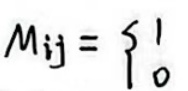
$M_{ij} = \left\{ \begin{array}{l}1\\0\end{array} \right.$